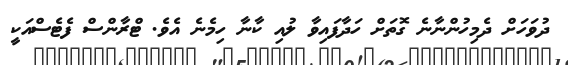
ދުވަހަށް ދެމިހުންނާނެ ގޮތަށް ހަދާފައިވާ ލުއި ކާނާ ހިމެނެ އެވެ. ޓްރާންސް ފެޓެސްއަކީ